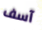
آسف